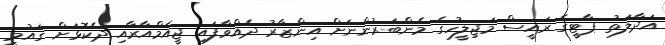
އަދާލަތު ޕާޓީގެ ރައީސް މަޖިލީހުގެ މެންބަރުންނަށް އިންޒާރު ދެއްވާފައި ޖީއެމްއާރާއި ދެކޮޅަށް ގައުމީ